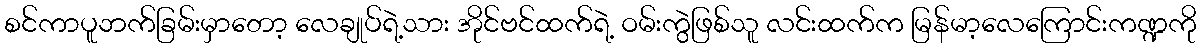
စင်ကာပူဘက်ခြမ်းမှာတော့ လေချုပ်ရဲ့သား အိုင်ဗင်ထက်ရဲ့ ဝမ်းကွဲဖြစ်သူ လင်းထက်က မြန်မာ့လေကြောင်းကဏ္ဍကို